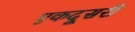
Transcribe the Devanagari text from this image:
एकदूसरी